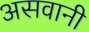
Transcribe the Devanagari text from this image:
असवानी